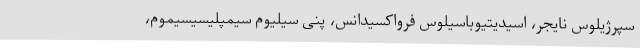
سپرژیلوس نایجر، اسیدیتیوباسیلوس فرواکسیدانس، پنی سیلیوم سیمپلیسیسیموم،